DOW-UAP-D48, Department of the Air Force Report, 1996
Agency: Department of War
Incident date: 9/10/96
Page 80
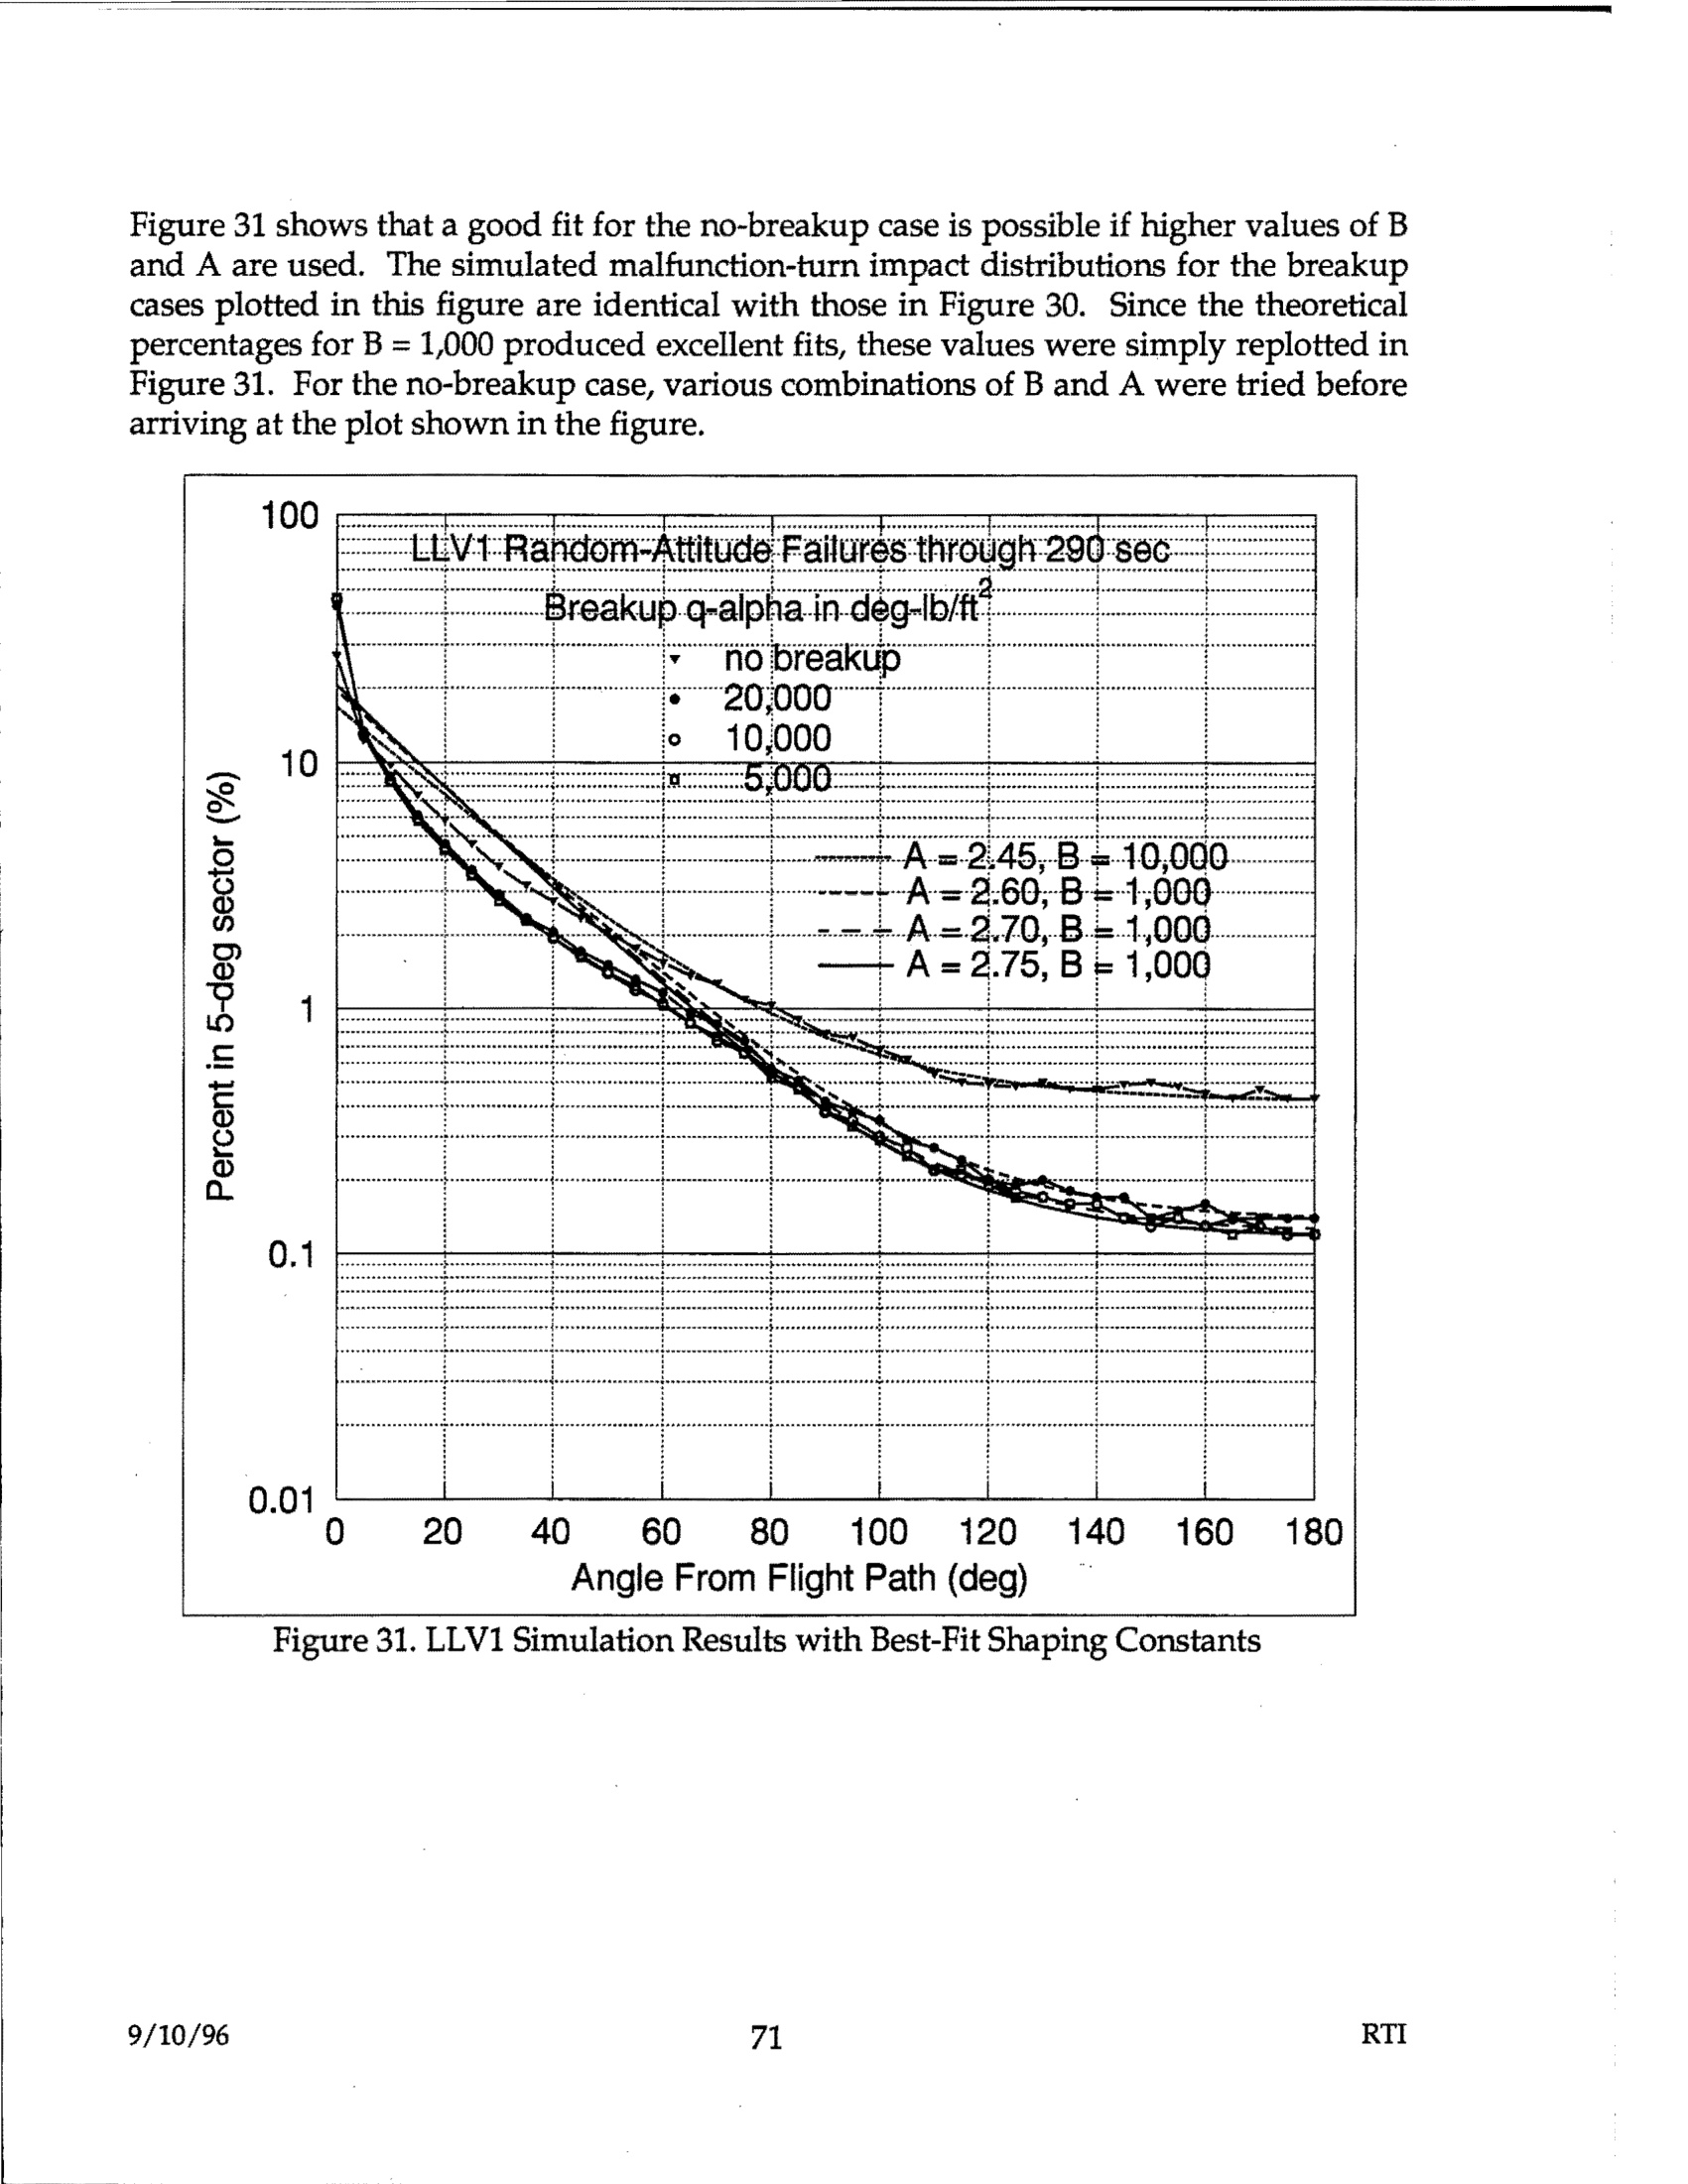